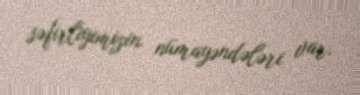
səfirliyimizin nümayəndələri var.